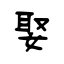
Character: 娶